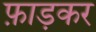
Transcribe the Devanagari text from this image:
फ़ाड़कर